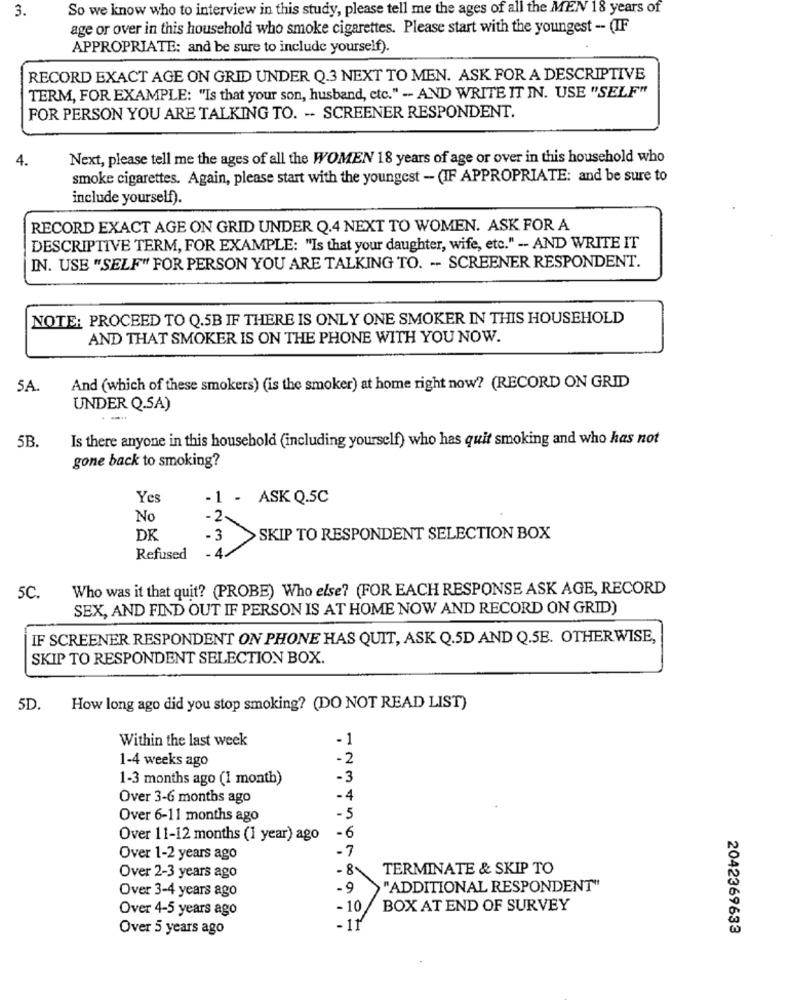
3.
So we know who to interview in this study, please tell me the ages of all the MEN 18 years of
age or over in this household who smoke cigarettes. Please start with the youngest -- (IF
APPROPRIATE: and be sure to include yourself).
RECORD EXACT AGE ON GRID UNDER Q.3 NEXT TO MEN. ASK FOR A DESCRIPTIVE
TERM, FOR EXAMPLE: "Is that your son, husband, etc." -- AND WRITE IT IN. USE "SELF"
FOR PERSON YOU ARE TALKING TO. - SCREENER RESPONDENT.
4.
Next, please tell me the ages of all the WOMEN 18 years of age or over in this household who
smoke cigarettes. Again, please start with the youngest - (IF APPROPRIATE: and be sure to
include yourself).
RECORD EXACT AGE ON GRID UNDER Q.4 NEXT TO WOMEN. ASK FOR A
DESCRIPTIVE TERM, FOR EXAMPLE: "Is that your daughter, wife, etc." -- AND WRITE IT
IN. USE "SELF" FOR PERSON YOU ARE TALKING TO. -- SCREENER RESPONDENT.
NOTE: PROCEED TO Q.5B IF THERE IS ONLY ONE SMOKER IN THIS HOUSEHOLD
AND THAT SMOKER IS ON THE PHONE WITH YOU NOW.
5A.
And (which of these smokers) (is the smoker) at home right now? (RECORD ON GRID
UNDER Q.SA)
5B.
Is there anyone in this housebold (including yourself) who has quit smoking and who has not
gone back to smoking?
Yes
1 - ASK Q.5C
No
-2
DK
3
SKIP TO RESPONDENT SELECTION BOX
Refused
-4.
Who was it that quit? (PROBE) Who else? (FOR EACH RESPONSE ASK AGE, RECORD
5C
SEX, AND FIND OUT IF PERSON IS AT HOME NOW AND RECORD ON GRID)
IF SCREENER RESPONDENT ON PHONE HAS QUIT, ASK Q.5D AND Q.SE. OTHERWISE,
SKIP TO RESPONDENT SELECTION BOX.
5D.
How long ago did you stop smoking? (DO NOT READ LIST)
Within the last week
- 1
1-4 weeks ago
-2
1-3 months ago (1 month)
-3
Over 3-6 months ago
-4
Over 6-11 months ago
-5
Over 11-12 months (1 year) ago
-6
Over 1-2 years ago
-8
TERMINATE & SKIP TO
Over 2-3 years ago
-9
"ADDITIONAL RESPONDENT"
Over 3-4 years ago
-10/
BOX AT END OF SURVEY
Over 4-5 years ago
Over 5 years ago
2042369633